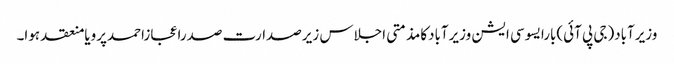
وزیرآباد(جی پی آئی)بارایسوسی ایشن وزیرآبادکامذمتی اجلاس زیرصدارت صدراعجازاحمدپرویامنعقد ہوا۔